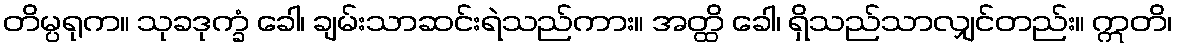
တိမ္ပရုက။ သုခဒုက္ခံ ခေါ၊ ချမ်းသာဆင်းရဲသည်ကား။ အတ္ထိ ခေါ၊ ရှိသည်သာလျှင်တည်း။ ဣတိ၊